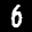
Label: 6